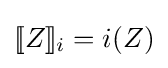
[\![Z]\!]_{i}=i(Z)